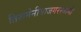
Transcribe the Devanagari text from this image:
तिरूमेनीयाजगरस्वामी